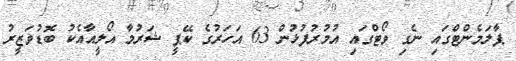
ޕާލަމެންޓްގައި ނެގި ވޯޓްގައި އުމުރުފުޅުން 63 އަހަރުގެ ކޭޕީ ޝަރުމާ އޯލީއާއެކު ބޮޑުވަޒީރު